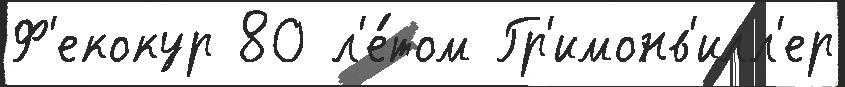
Ф'екокур 80 л'е́том Гр'имонв'илл'ер